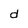
Character: d